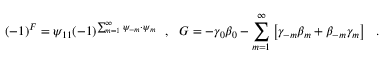
( - 1 ) ^ { F } = \psi _ { 1 1 } ( - 1 ) ^ { \sum _ { m = 1 } ^ { \infty } \psi _ { - m } \cdot \psi _ { m } } ~ ~ , ~ ~ { G } = - \gamma _ { 0 } \beta _ { 0 } - \sum _ { m = 1 } ^ { \infty } \left[ \gamma _ { - m } \beta _ { m } + \beta _ { - m } \gamma _ { m } \right] ~ ~ .